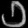
Digit: ၁